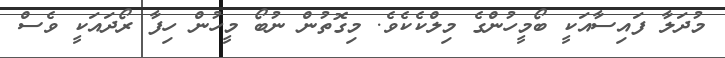
މުދަލާ ފައިސާއަކީ ބޯމީހުންގެ މިލްކެކެވެ. މިގޮތުން ނުބޯ މީހުން ހިފާ ރޯދައަކީ ވެސް